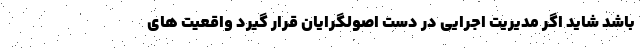
باشد شاید اگر مدیریت اجرایی در دست اصولگرایان قرار گیرد واقعیت های